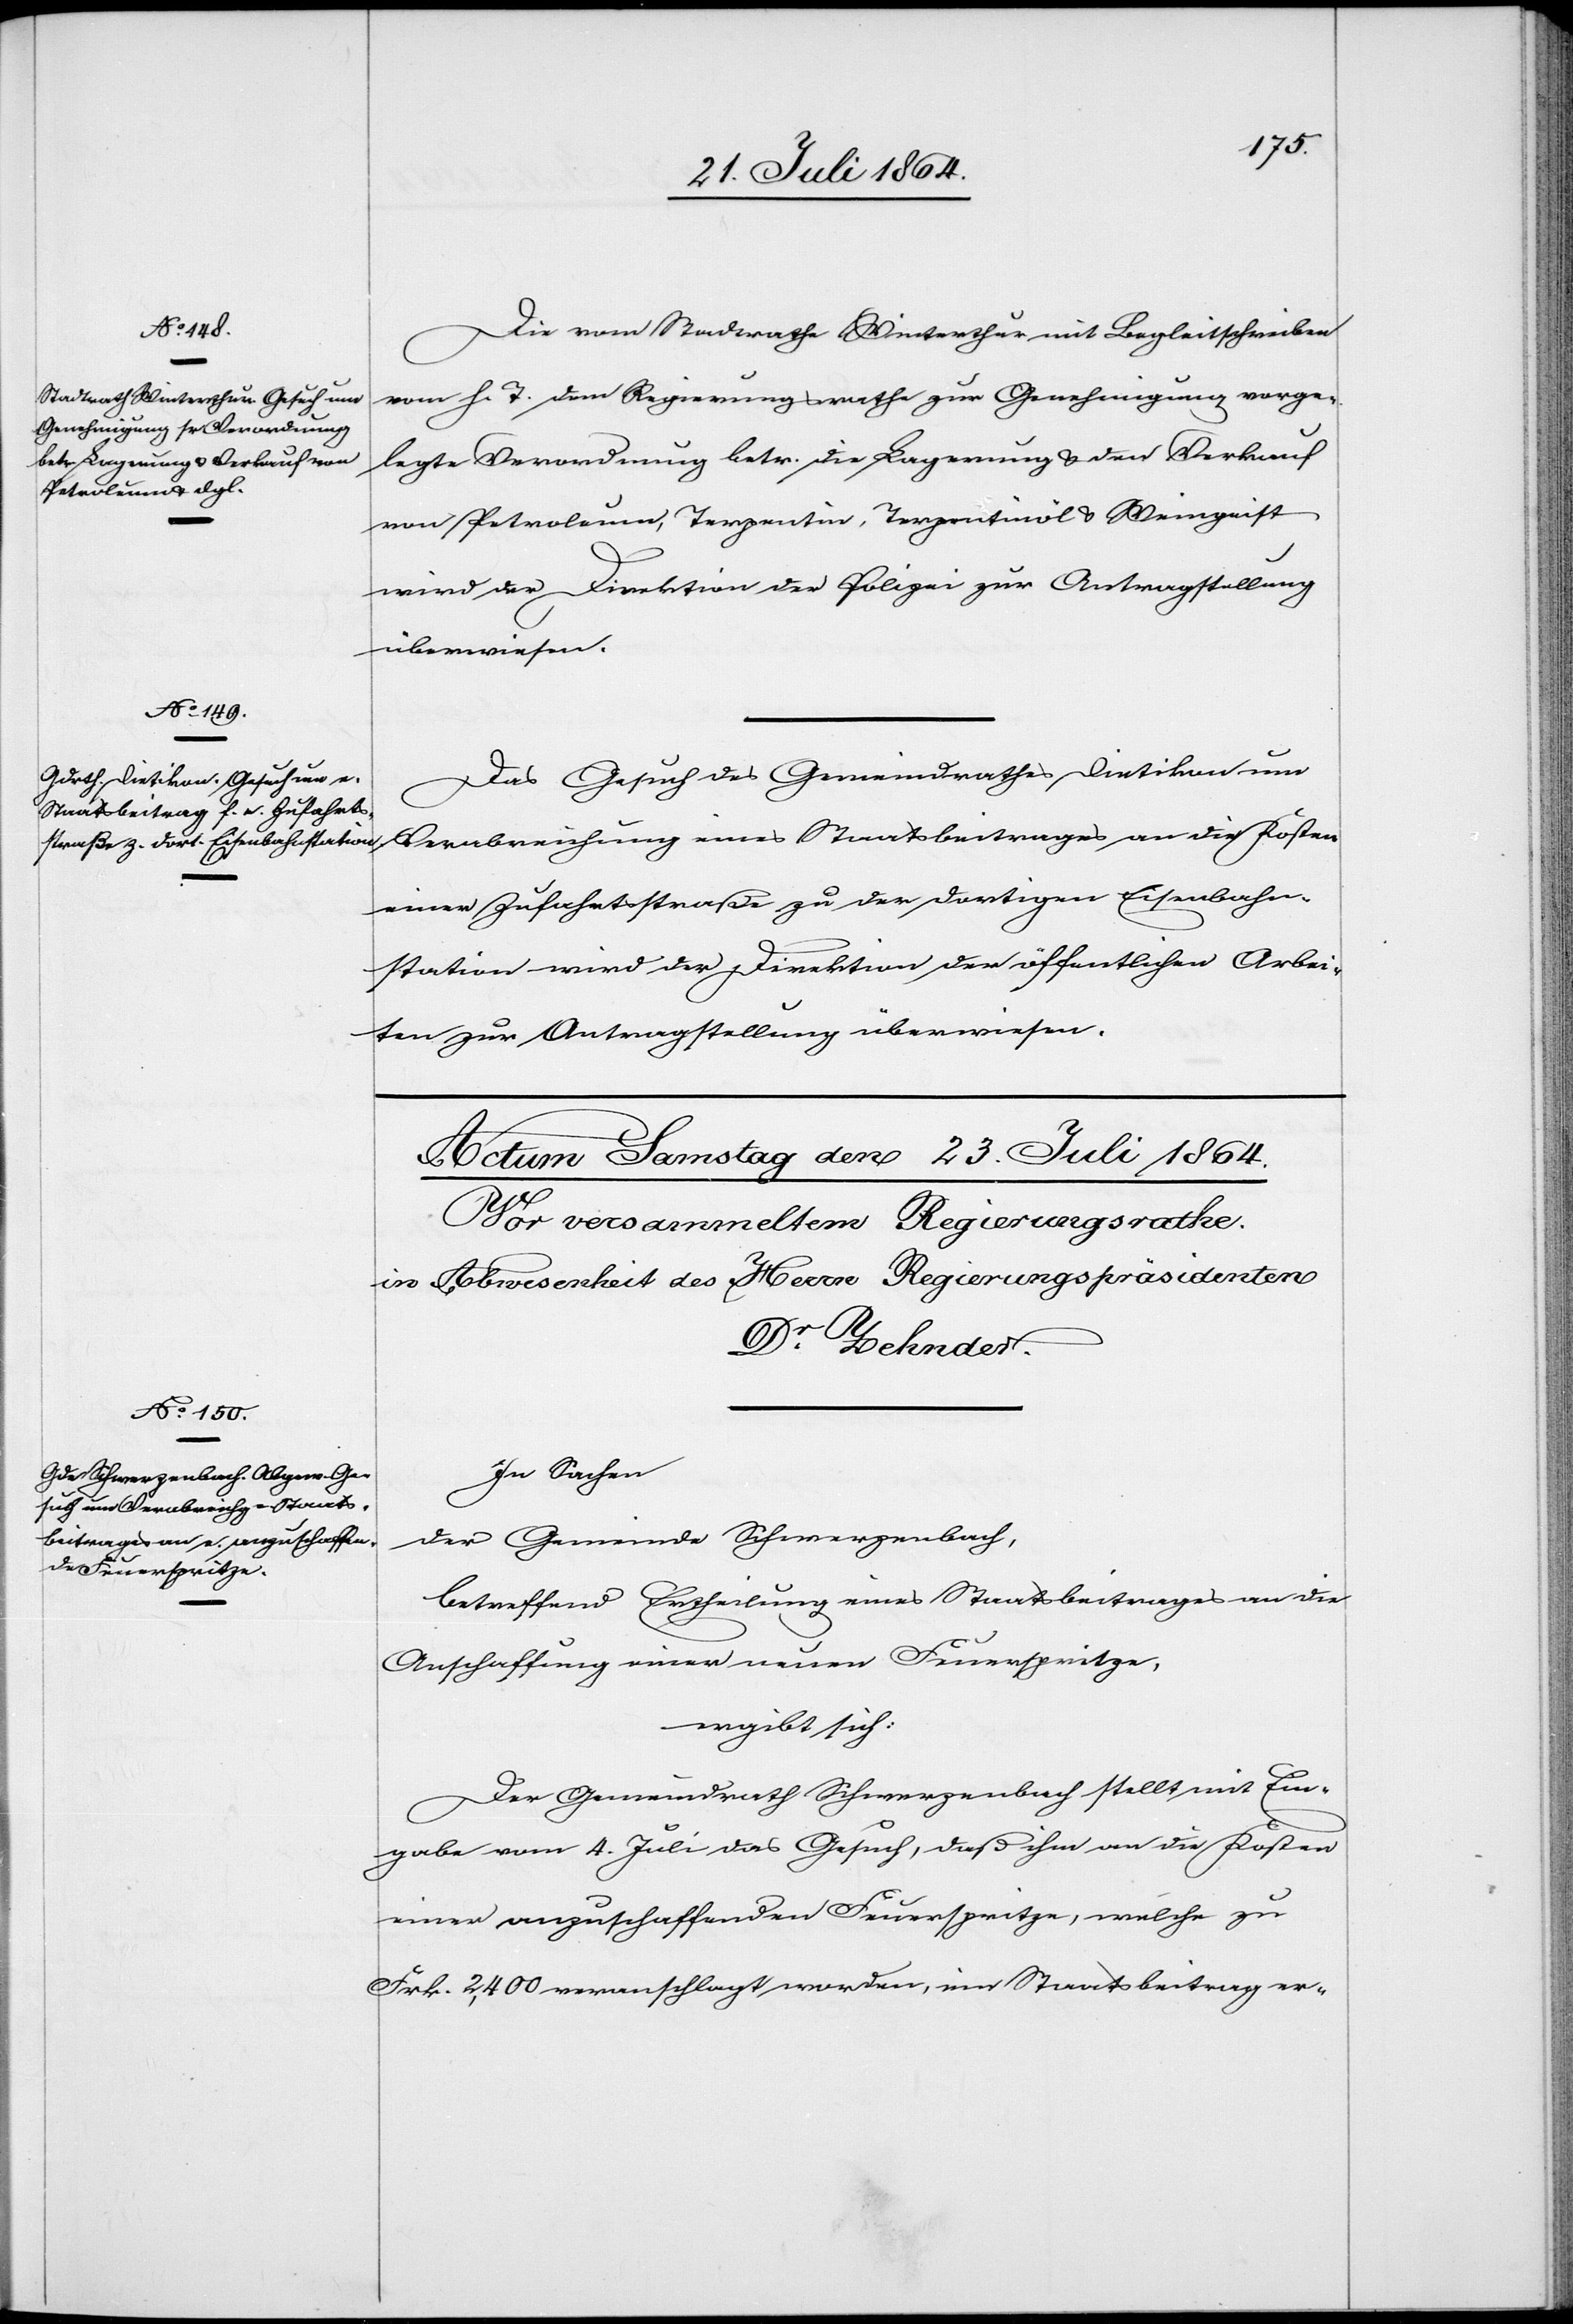
21. Juli 1864.]
Die vom Stadtrathe Winterthur mit Begleitschreiben
vom h. T. dem Regierungsrathe zur Genehmigung vorge¬
legte Verordnung betr. die Lagerung & den Verkauf
von Petroleum, Terpentin, Terpentinöl & Weingeist
wird der Direktion der Polizei zur Antragstellung
überwiesen.
Das Gesuch des Gemeindrathes Dietikon um
Verabreichung eines Staatsbeitrages an die Kosten
einer Zufahrtsstraße zu der dortigen Eisenbahn¬
station wird der Direktion der öffentlichen Arbei¬
ten zur Antragstellung überwiesen.
In Sachen
der Gemeinde Schwerzenbach,
betreffend Ertheilung eines Staatsbeitrages an die
Anschaffung einer neuen Feuerspritze
ergibt sich:
Der Gemeindrath Schwerzenbach stellt mit Ein¬
gabe vom 4. Juli das Gesuch, daß ihm an die Kosten
einer anzuschaffenden Feuerspritze, welche zu
Frk. 2,400 veranschlagt worden, ein Staatsbeitrag er-